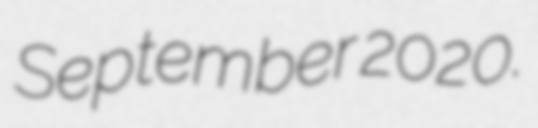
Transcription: September 2020.